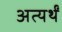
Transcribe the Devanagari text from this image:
अत्यर्थं